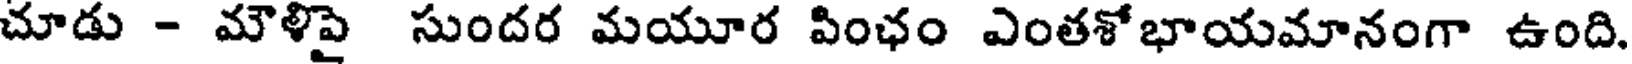
చూడు - మౌళిపై సుందర మయూర పింఛం ఎంతశోభాయమానంగా ఉంది